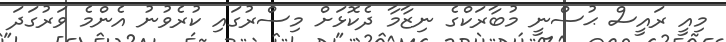
މިއީ ރައީސް ޙުސްނީ މުބާރަކްގެ ނިޒާމާ ދެކޮޅަށް މިސްރުގައި ކުރެވުނު އެންމެ ވަރުގަދަ